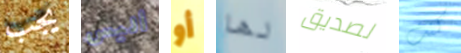
يجب أليس أو لها لصديق كنت